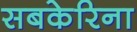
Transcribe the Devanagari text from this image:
सबकेरिना